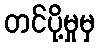
တင်ပို့မှုမှ